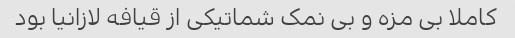
کاملا بی مزه و بی نمک شماتیکی از قیافه لازانیا بود